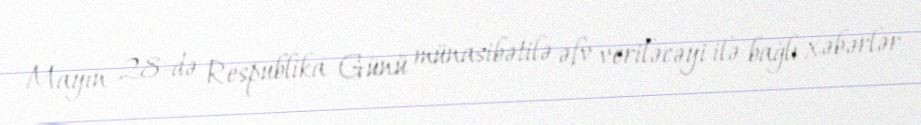
Mayın 28-də Respublika Günü münasibətilə əfv veriləcəyi ilə bağlı xəbərlər